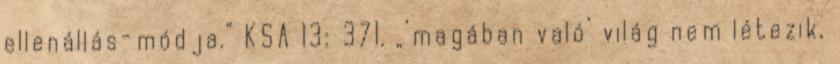
ellenállás-módja.” KSA 13: 371. „’magában való’ világ nem létezik,